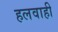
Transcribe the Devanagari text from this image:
हलवाही